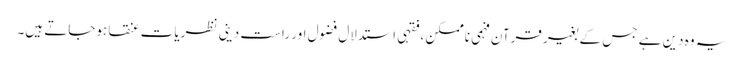
یہ وہ دین ہے جس کے بغیر قرآن فہمی ناممکن ،فقہی استدلال فضول اور راست دینی نظریات عنقا ہوجاتے ہیں۔